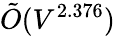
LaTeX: {\tilde{O}}(V^{2.376})